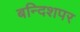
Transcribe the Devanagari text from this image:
बन्दिशपर